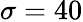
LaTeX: \sigma=40